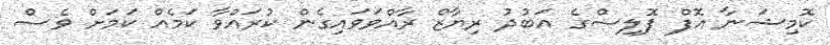
ކޮމިޝަނާ އޮފް ޕޮލިސްގެ އަބުދު ރިޔާޒް ރާއްވަވައިގެން ކުރައްވާ ކަމެއް ކަމަށް ވެސް